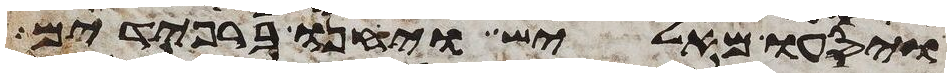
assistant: ויסעו מאליש ויחנו ברפידים